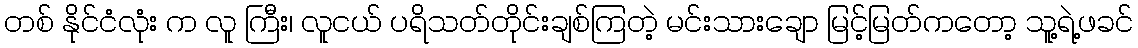
တစ် နိုင်ငံလုံး က လူ ကြီး၊ လူငယ် ပရိသတ်တိုင်းချစ်ကြတဲ့ မင်းသားချော မြင့်မြတ်ကတော့ သူ့ရဲ့ဖခင်